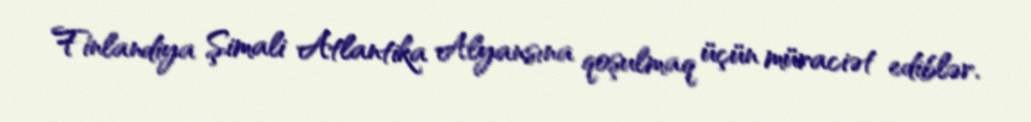
Finlandiya Şimali Atlantika Alyansına qoşulmaq üçün müraciət ediblər.